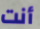
أنت